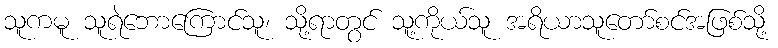
သူကမူ သူရဲဘောကြောင်သူ၊ သို့ရာတွင် သူ့ကိုယ်သူ အရိယာသူတော်စင်အဖြစ်သို့